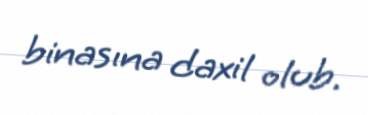
binasına daxil olub.